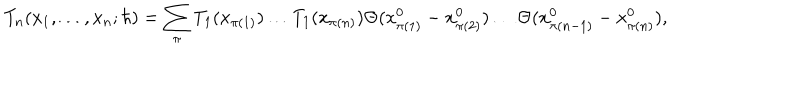
T _ { n } ( x _ { 1 } , \ldots , x _ { n } ; \hbar ) = \sum _ { \pi } T _ { 1 } ( x _ { \pi ( 1 ) } ) \ldots T _ { 1 } ( x _ { \pi ( n ) } ) \Theta ( x _ { \pi ( 1 ) } ^ { 0 } - x _ { \pi ( 2 ) } ^ { 0 } ) \ldots \Theta ( x _ { \pi ( n - 1 ) } ^ { 0 } - x _ { \pi ( n ) } ^ { 0 } ) ,